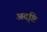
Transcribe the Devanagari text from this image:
अदृष्टि